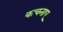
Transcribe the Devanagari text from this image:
कचनाए